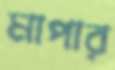
মাপার